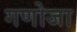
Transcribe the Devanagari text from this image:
गणोजा